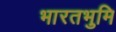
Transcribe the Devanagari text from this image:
भारतभुमि